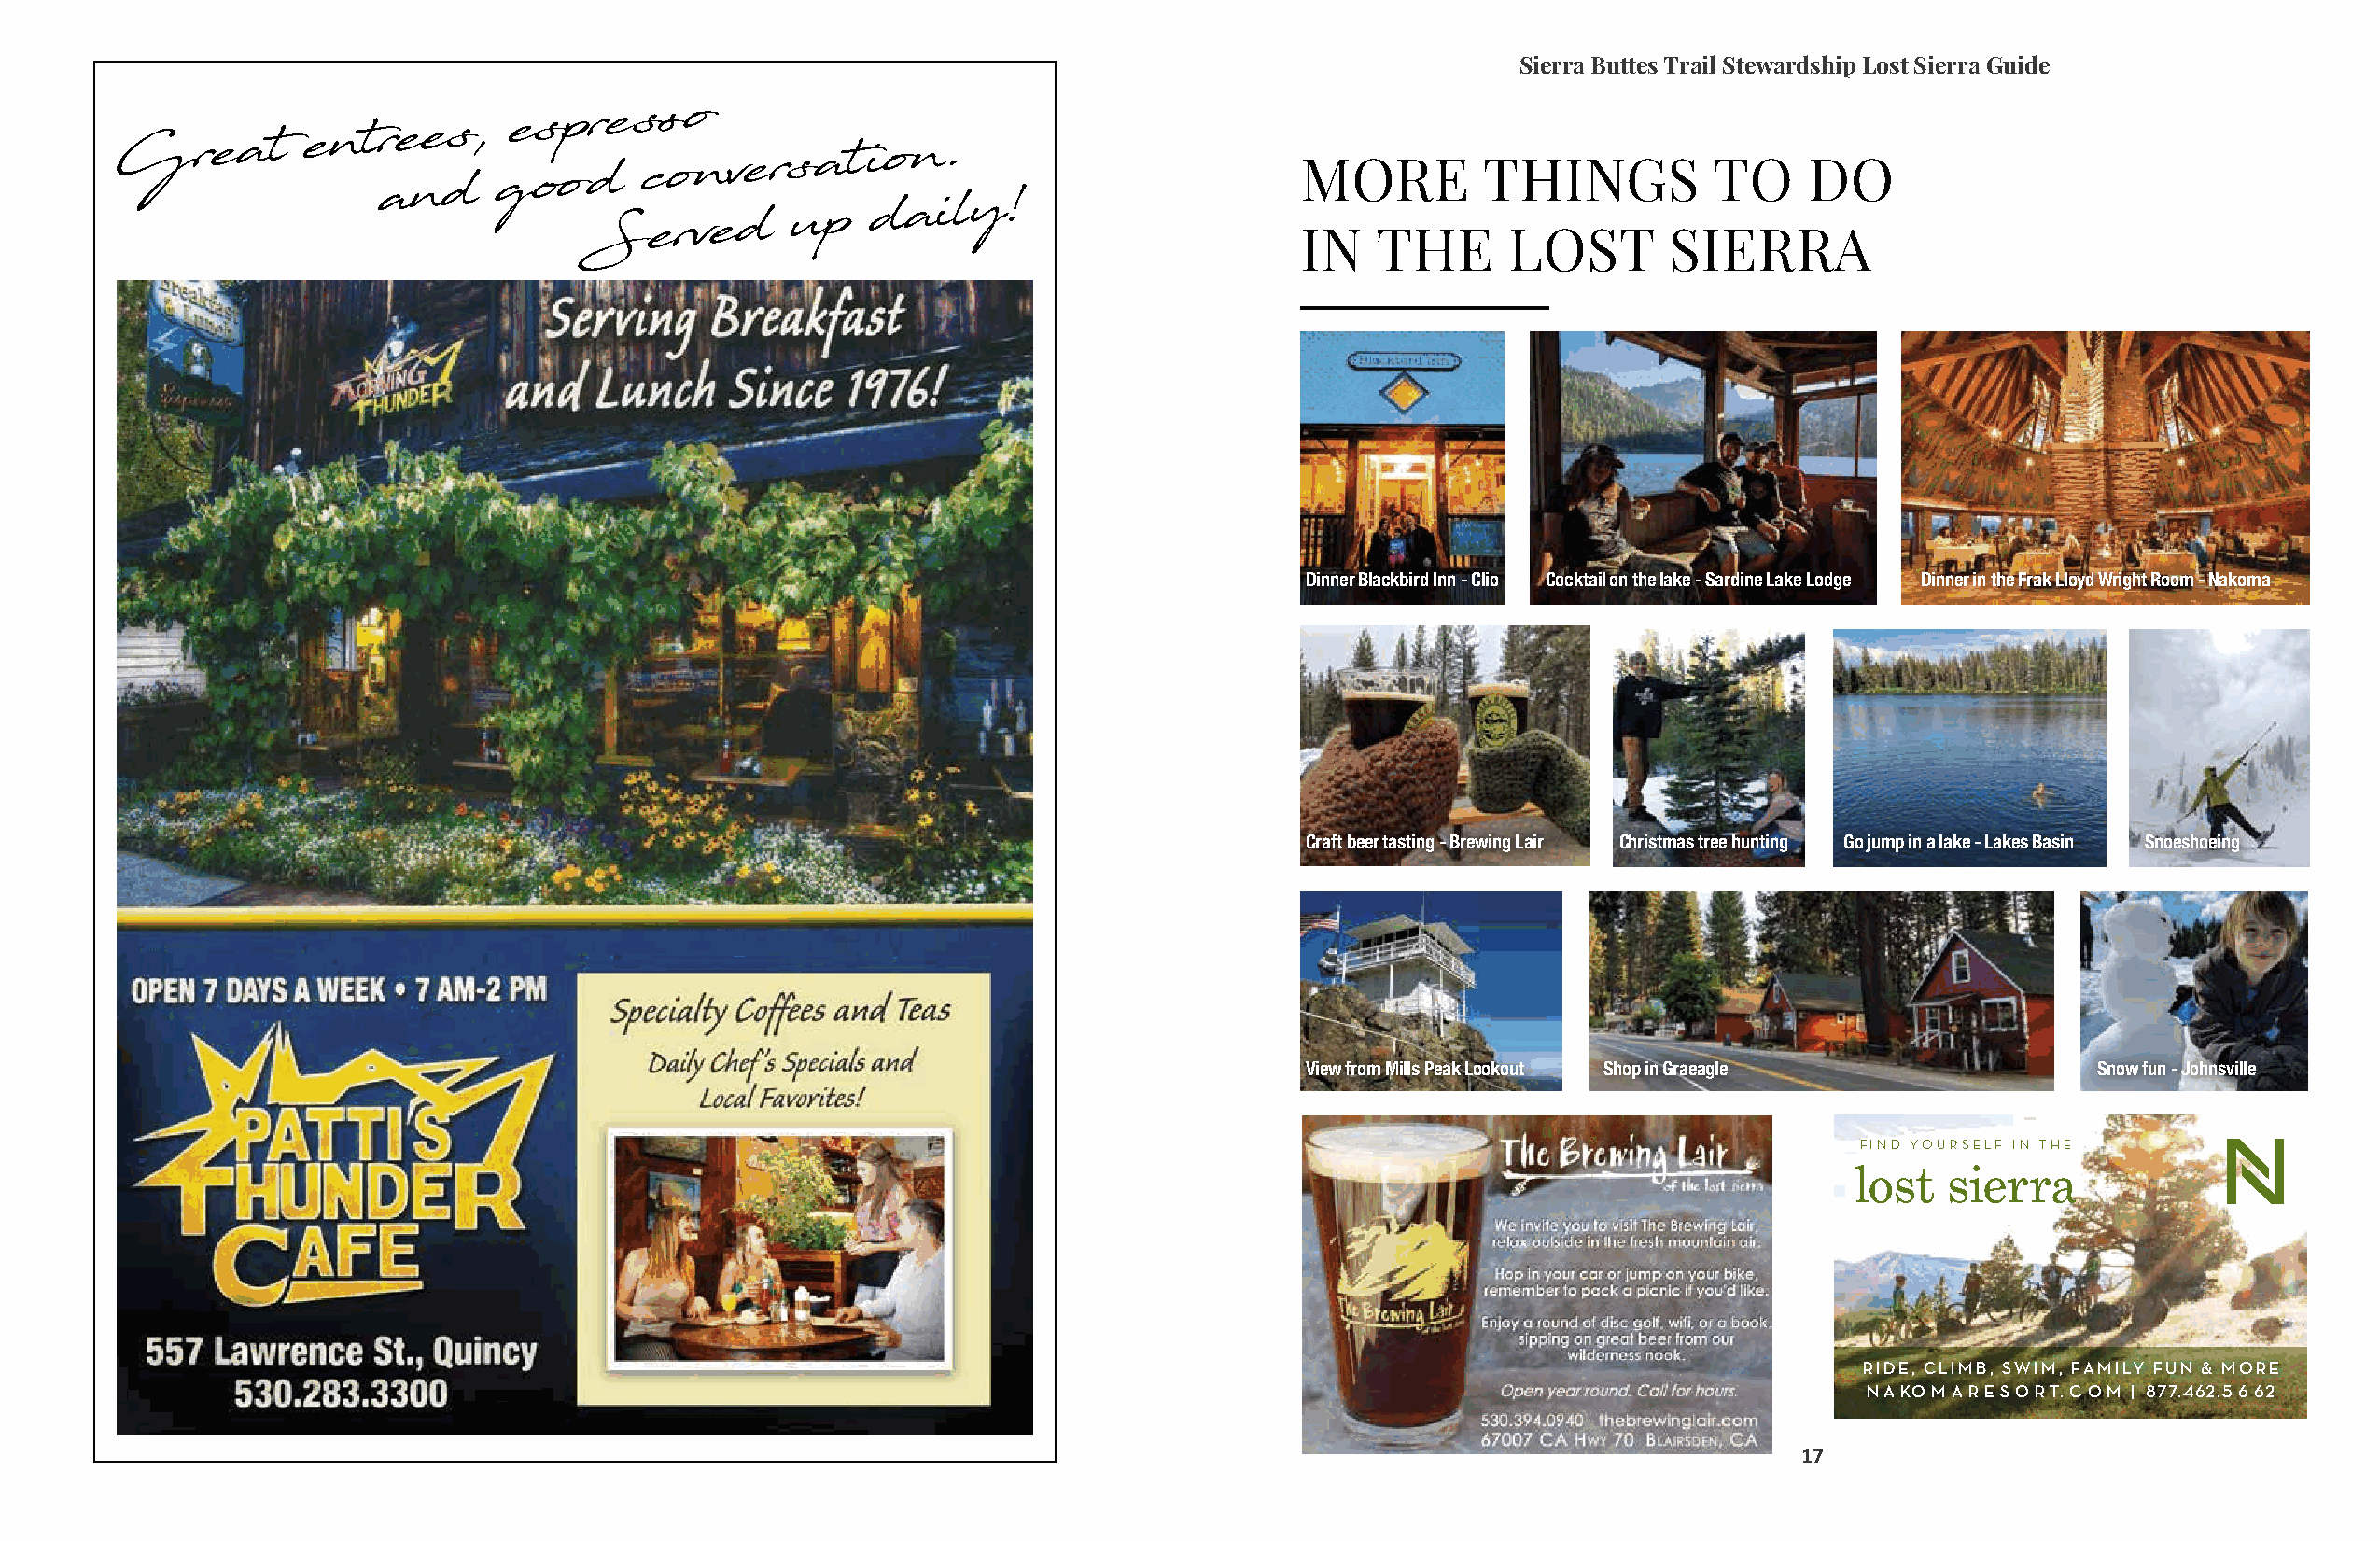
Sierra Buttes Trail Stewardship Lost Sierra Guide
 G     r e a t e n t r ae ne ds , ge oos p Sdre ss c eo ro vn
 e
 v der s ua pt i do an i.
 l y!
 M INO TR HE
 E
 T LH OIN STG S
 S
 IT EO
 R
 RD AO
 Dinner Blackbird Inn - Clio Cocktail on the lake - Sardine Lake Lodge Dinner in the Frak Lloyd Wright Room - Nakoma
 Craft beer tasting - Brewing Lair Christmas tree hunting Go jump in a lake - Lakes Basin Snoeshoeing
 View from Mills Peak Lookout Shop in Graeagle           Snow fun - Johnsville
 FIND YOURSELF IN THE
 Brewing Lair
 lost  sierra
 RIDE, CLIMB, SWIM, FAMILY FUN & MORE
 N A KO M A R E S O R T. C O M | 877.462.5 6 62
 17